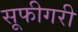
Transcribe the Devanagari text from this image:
सूफीगरी